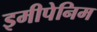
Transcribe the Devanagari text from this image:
इमीपेनिम